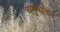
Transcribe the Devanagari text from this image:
चतुर्थाश्रम